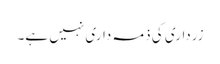
زرداری کی ذمہ داری نہیں ہے۔